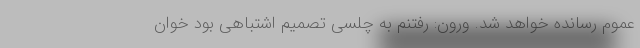
عموم رسانده خواهد شد. ورون: رفتنم به چلسی تصمیم اشتباهی بود خوان